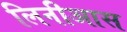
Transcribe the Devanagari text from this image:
लिनीआस